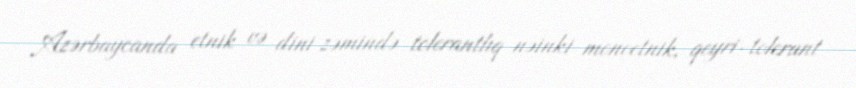
Azərbaycanda etnik və dini zəmində tolerantlıq nəinki monoetnik, qeyri-tolerant